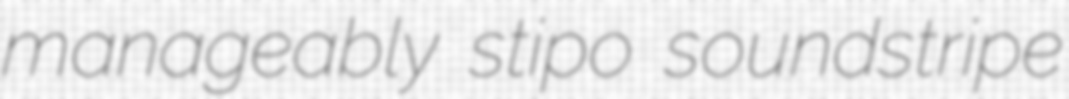
manageably stipo soundstripe